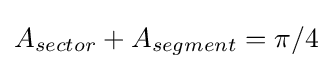
A_{sector}+A_{segment}=\pi /4